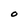
Character: O